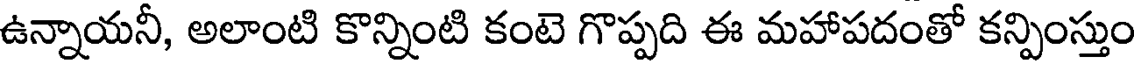
ఉన్నాయనీ, అలాంటి కొన్నింటి కంటె గొప్పది ఈ మహాపదంతో కన్పింస్తుం